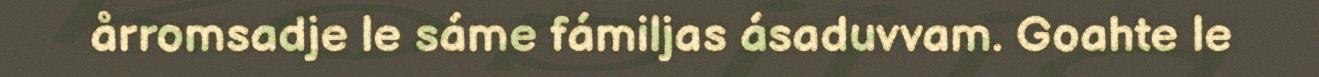
årromsadje le sáme fámiljas ásaduvvam. Goahte le